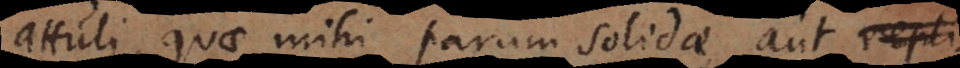
attuli, quae mihi parum solidae, aut repli